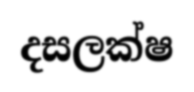
දසලක්ෂ